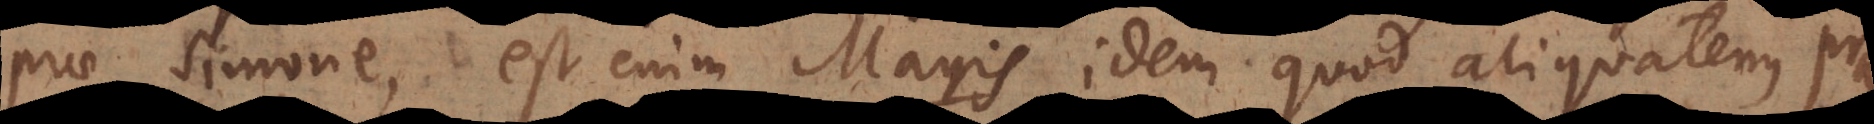
prae Simone, est enim Magis idem quod aliquatenus prae